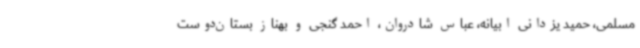
مسلمی، حمید یزدانی ابیانه، عباس شادروان، احمد گنجی و بهناز بستان‌دوست